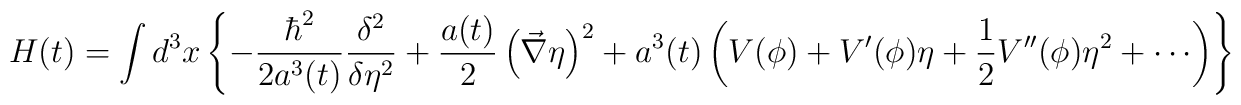
H(t) = \int d^3x \left\{-\frac{\hbar^2}{2 a^3(t)}\frac{\delta^2}{\delta\eta^2}+\frac{a(t)}{2}\left(\vec{\nabla}\eta\right)^2+a^3(t)\left(V(\phi)+V'(\phi)\eta+\frac{1}{2}V''(\phi)\eta^2+\cdots \right)\right\}